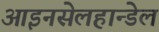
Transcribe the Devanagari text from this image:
आइनसेलहान्डेल